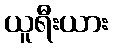
ယူရီးယား